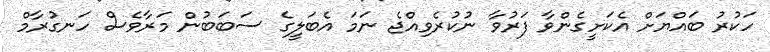
ހަކުރު ބައްޔަށް އެކަށީގެންވާ ފަރުވާ ނުކުރެވިއްޖެ ނަމަ އެބަލީގެ ސަބަބުން މަރާވެސް ހަނގުރާމް